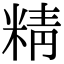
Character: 精